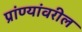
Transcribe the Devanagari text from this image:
प्रांण्यांवरील